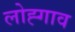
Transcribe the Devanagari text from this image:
लोह्गाव